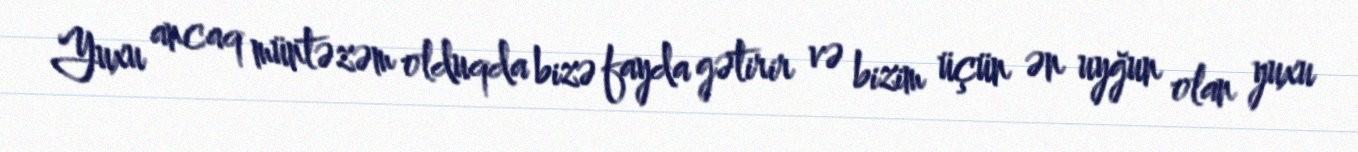
Yuxu ancaq müntəzəm olduqda bizə fayda gətirir və bizim üçün ən uyğun olan yuxu